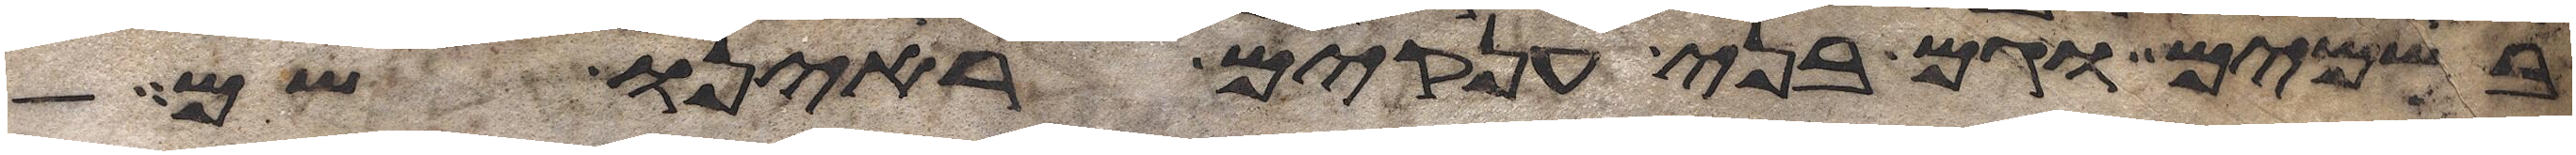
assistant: בשמים וגם בני ענקים ראינו שם